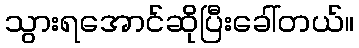
သွားရအောင်ဆိုပြီးခေါ်တယ်။